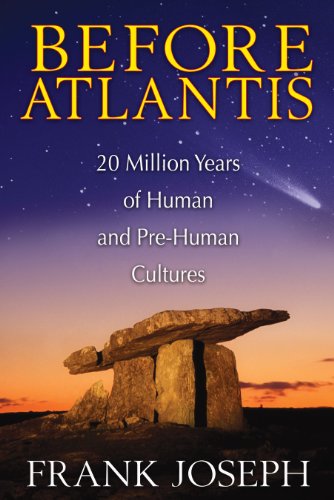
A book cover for Before Atlantis: 20 Million Years of Human and Pre-Human Cultures; Frank Joseph; History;